Alphabetical list of drugs, medicines and other preparations free from, and containing, spirit compiled from the results of tests made by the customs houses at Calcutta, Bombay, and Madras
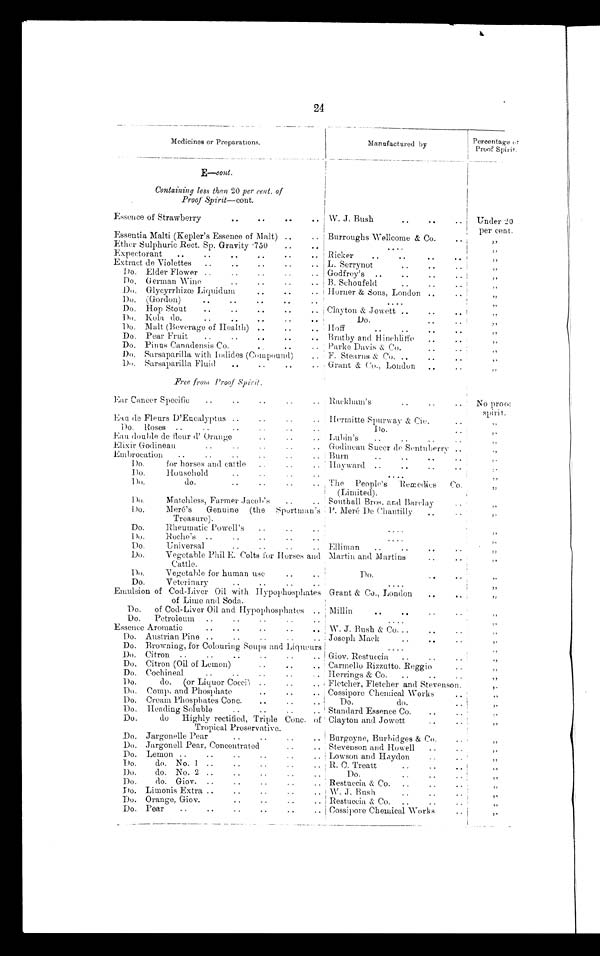
24
Medicines or Preparations.
Manufactured by
Percentage
of Proof Spirit.
E—cont.
Containing less than 20 per cent. of
Proof Spirit— cont.
Essence of Strawberry
..
..
..
.. W. J. Bush
..
..
..
Under 20
per cent.
Essentia Malti (Kepler's Essence of Malt) ..
. . Burroughs Wellcome & Co.
„
Ether Sulphuric Rect. Sp. Gravity 750
..
. .
. . . .
„
Expectorant
..
..
..
..
..
. . Ricker
..
..
„
Extract de Violettes
..
..
..
.. L. Serrynot
..
..
..
„
Do. Elder Flower ..
..
..
.. Godfrey's ..
..
..
„
Do. German Wine
..
..
..
.. B. Schoufeld
..
..
„
Do Glycyrrhizœ Liquidum
..
..
.. Horner & Sons, London ..
..
„
Do. (Gordon)
..
..
..
..
....
„
Do. Hop Stout
..
..
..
..
.. Clayton & Jowett ..
..
„
Do. Kola do.
..
..
..
..
..
Do.
..
..
„
Do. Malt (Beverage of Health) ..
.. Hoff
..
..
..
„
Do. Pear Fruit
..
..
..
..
.. Bratby and Hinchliffe
..
..
„
Do. Pinus Canadensis Co.
..
..
.. Parke Davis & Co.
..
..
„
Do. Sarsaparilla with Iodides (Compound)
.. F. Stearns & Co. ..
..
..
„
Do. Sarsaparilla Fluid
..
..
..
.. . Grant & Co., London
..
..
„
Free from Proof Spirit.
Ear Cancer Specific
..
..
..
..
.. Rackham's
..
..
..
No proof
spirit.
Ean de Fleurs D'Eucalyptus ..
..
..
Hermitte Spurway & Cie.
..
„
D o . Roses ..
..
..
..
..
..
Do.
..
„
Eau double de flour d' Orange
..
..
.. Lubin's
..
..
..
..
„
Elixir Godineau
..
..
..
..
.. Godincau Sueer de Sentuberry ..
„
Embrocation
..
..
..
..
..
..
Burn
..
..
..
..
„
Do.
for horses and cattle
..
..
Hayward ..
..
..
..
„
Do. Household
..
..
..
....
„
Do.
do.
..
..
..
.. The People's Remedies
Co.
(Limited).
„
Do.
Matchless, Farmer Jacob's..
.. Southall Bros. and Barclay
..
„
Do.
Meré's
Genuine (the
S p o r t m a n ' s
Treasure).
P. Meré De Chantilly
..
..
„
Do.
Rheumatic Powell's
..
..
..
....
„
Do.
Roche's ..
..
..
..
. .
....
„
Do.
Universal
..
..
..
.. Elliman
..
..
..
„
Do.
Vegetable Phil E. Colts for Horses and
Cattle.
Martin and Martins
..
..
„
Do.
Vegetable for human use
..
..
Do.
„
Do.
Veterinary
..
..
..
..
....
„
Emulsion of Cod-Liver Oil with Hypophosphates
of Lime and Soda.
Grant & Co.. London
..
„
Do.
of Cod-Liver Oil and Hypophosphates .. Millin
..
..
..
..
„
Do.
Petroleum ..
..
..
..
..
. . . .
„
Essence Aromatic
..
..
..
..
.. W. J. Bush & Co...
..
„
Do. Austrian Pine ..
..
..
..
.. Joseph Mack
..
..
..
„
Do. Browning, for Colouring Soups and Liqueurs
....
„
Do. Citron ..
..
..
..
..
.. Giov. Restuccia
..
..
..
„
Do. Citron (Oil of Lemon)
..
..
.. Carmello Rizzutto. Reggio
..
„
Do. Cochineal
..
..
..
..
.. Herrings & Co.
..
..
„
Do.
do. (or Liquor Cocci) ..
..
.. Fletcher, Fletcher and Stevenson.
„
Do. Comp. and Phosphate
..
..
.. Cossipore Chemical Works
..
„
Do. Cream Phosphates Conc.
..
..
..
Do.
do.
..
„
Do. Heading Soluble
..
..
.. Standard Essence Co.
..
„
Do.
do
Highly rectified, Triple Conc. of
Tropical Preservative.
Clayton and Jowett
..
„
Do. Jargonelle Pear
..
..
..
.. Burgoyne, Burbidges & Co.
„
Do. Jargonell Pear, Concentrated
..
.. Stevenson and Howell
..
..
„
Do. Lemon ..
..
..
..
..
.. Lowson and Haydon
..
..
„
Do.
do. No.
1 . .
. .
. .
. .
. . R. C. Treatt
..
..
„
Do.
do. No. 2 ..
..
. .
Do.
..
..
„
Do.
do. Giov. ..
..
..
..
.. Restuccia & Co.
..
..
„
Do. Limonis Extra ..
..
..
..
.. W.J. Bush
..
..
..
„
Do. Orange, Giov.
..
..
..
.. Restuccia & Co.
..
..
..
„
Do. Pear
..
..
..
..
..
.. Cossipore Chemical Works
„